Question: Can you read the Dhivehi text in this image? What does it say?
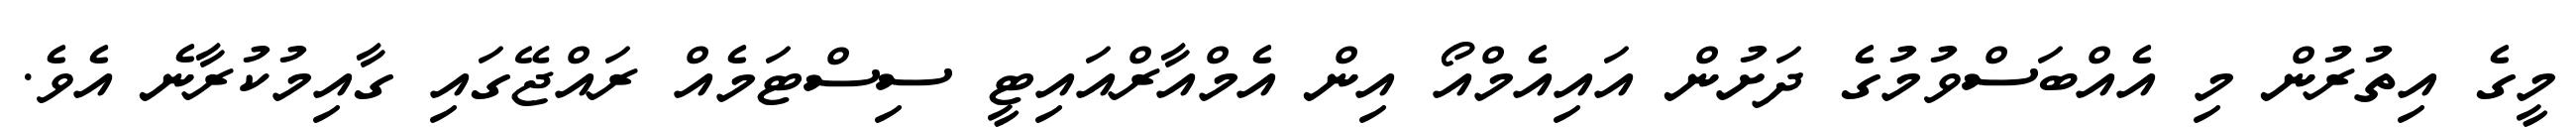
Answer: މީގެ އިތުރުން މި އެއްބަސްވުމުގެ ދަށުން އައިއެމްއޯ އިން އެމްއާރްއައިޓީ ސިސްޓަމެއް ރައްޖޭގައި ގާއިމުކުރާނެ އެވެ.